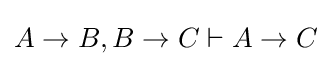
A\to B,B\to C\vdash A\to C